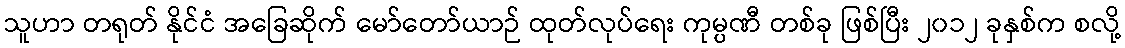
သူဟာ တရုတ် နိုင်ငံ အခြေဆိုက် မော်တော်ယာဉ် ထုတ်လုပ်ရေး ကုမ္ပဏီ တစ်ခု ဖြစ်ပြီး ၂၀၁၂ ခုနှစ်က စလို့